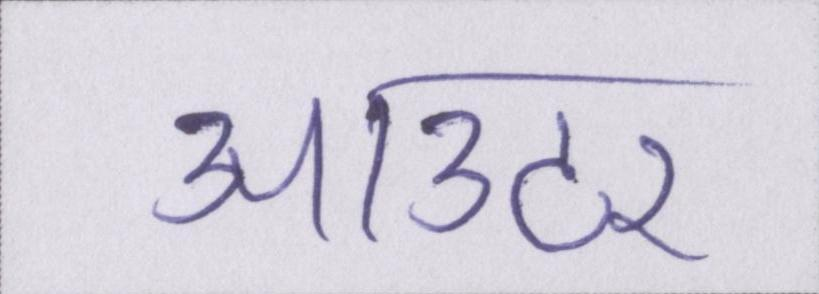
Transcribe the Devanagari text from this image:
आउटर